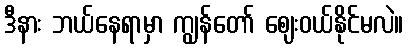
ဒီနား ဘယ်နေရာမှာ ကျွန်တော် ဈေးဝယ်နိုင်မလဲ။